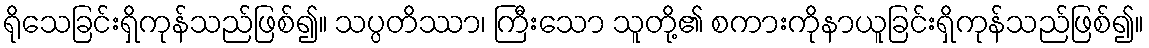
ရိုသေခြင်းရှိကုန်သည်ဖြစ်၍။ သပ္ပတိဿာ၊ ကြီးသော သူတို့၏ စကားကိုနာယူခြင်းရှိကုန်သည်ဖြစ်၍။